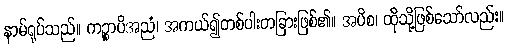
နာမ်ရုပ်သည်။ ကဉ္စာပိအညံ၊ အကယ်၍တစ်ပါးတခြားဖြစ်၏။ အပိစ၊ ထိုသို့ဖြစ်သော်လည်း။